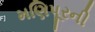
મણિપૂરની